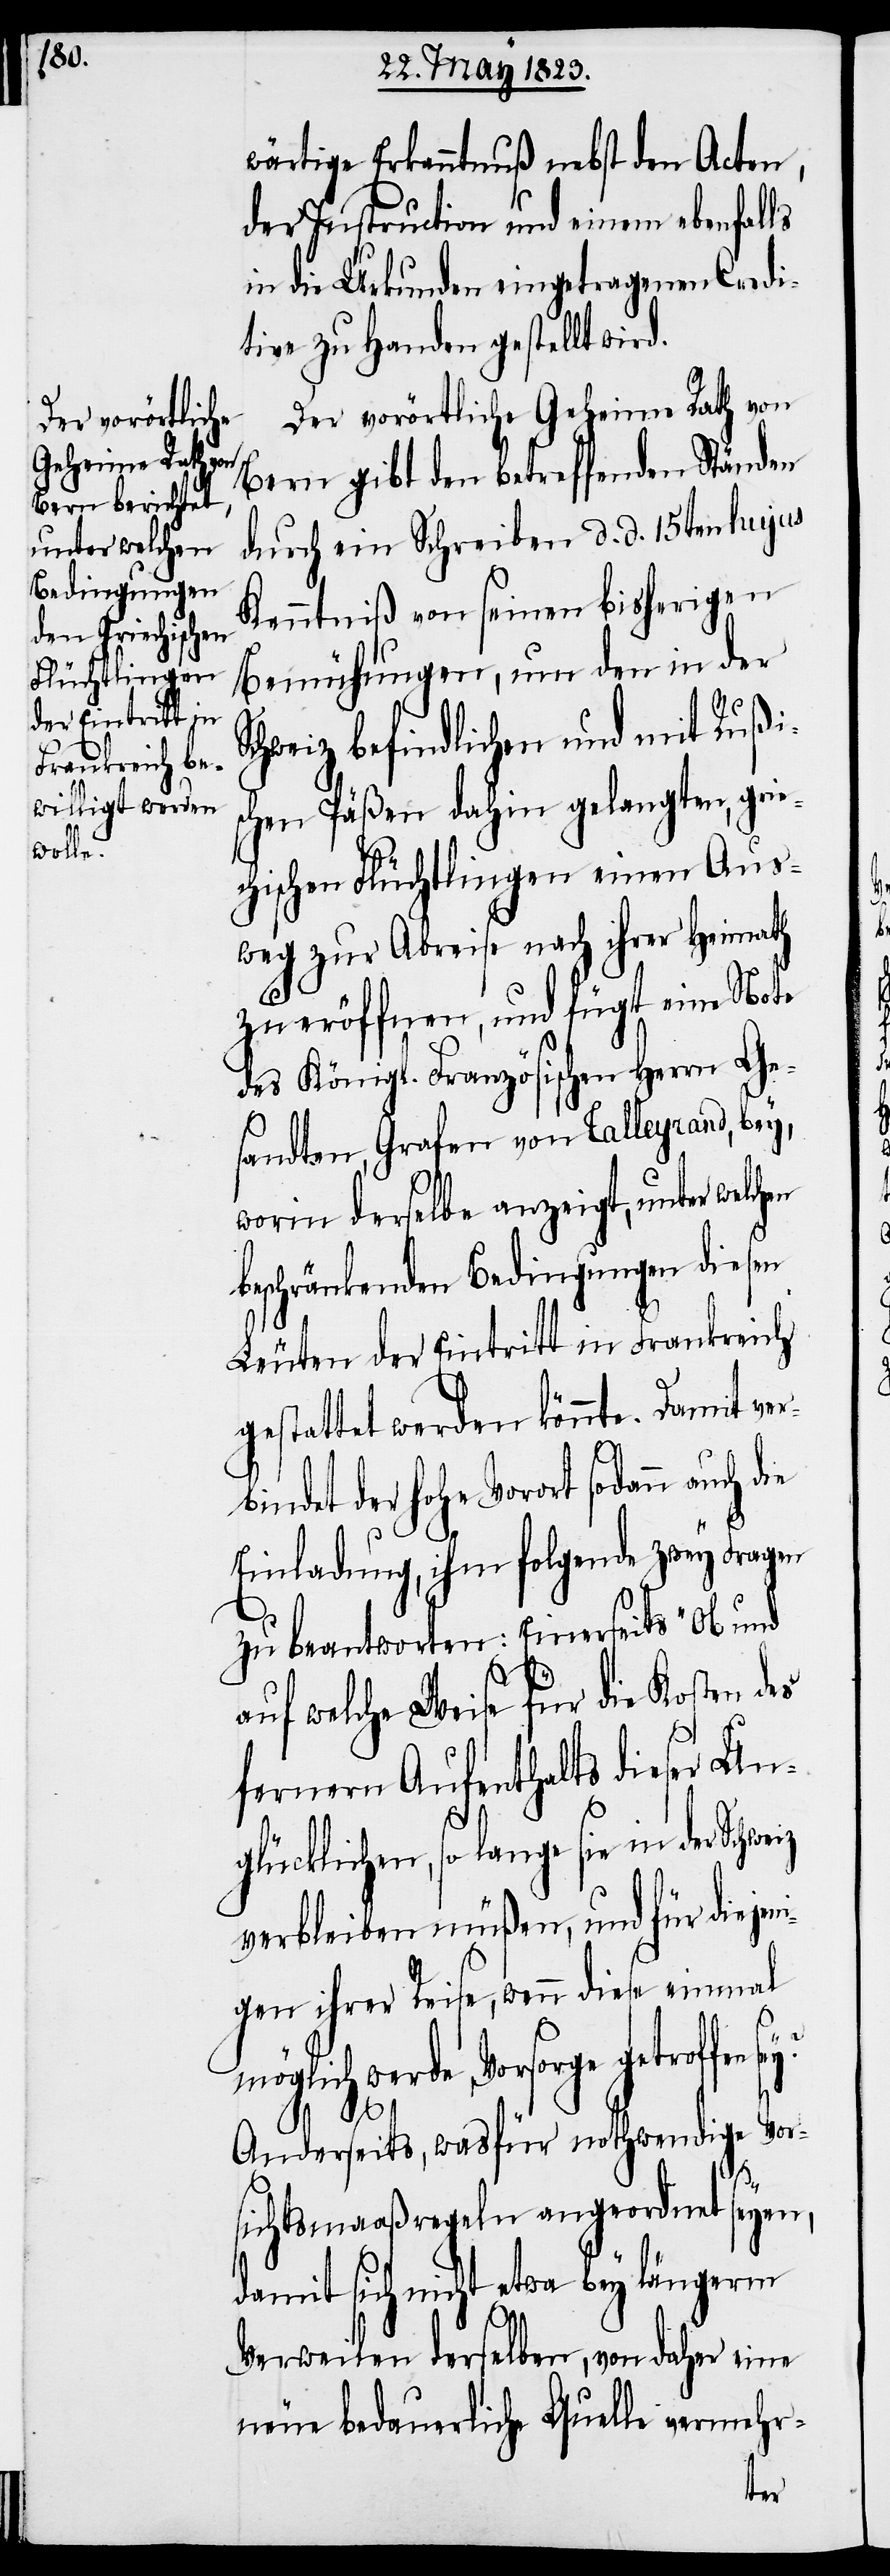
wärtige Erkanntnuß nebst den Acten,
der Instruction und einem ebenfalls
in die Urkunden eingetragenen Credi¬
tive zu Handen gestellt wird.
Der vorörtliche Geheime Rath von
Bern gibt den betreffenden Ständen
durch ein Schreiben d. d. 15ten hujus
Kenntniß von seinen bisherigen
Bemühungen, um den in der
chweiz befindlichen und mit Rußis¬
chen Päßen dahin gelangten, grie¬
chischen Flüchtlingen einen Aus¬
weg zur Abreise nach ihrer Heimath
zu eröffnen, und fügt eine Note
des Königl. Französischen Herrn Ge¬
sandten, Grafen von Talleyrand, bey,
worin derselbe anzeigt, unter welch¬
beschränkenden Bedingungen diesen
Leuten der Eintritt in Frankreich
gestattet werden könnte. Damit ver¬
bindet der hohe Vorort sodann au¬
Einladung, ihm folgende zwey Fragen
zu beantworten: Einerseits „Ob und
auf welche Weise für die Kosten des
fernern Aufenthalts dieser Un¬
glücklichen, so lange sie in der Schwe¬
verbleiben müßen, und für diejen¬
igen ihrer Reise, wenn diese einmal
möglich werde, Vorsorge getroffen
Anderseits, wasfür nothwendige Vor¬
sichtsmaaßregeln angeordnet seyen,
damit sich nicht etwa bey längerm
iz
Verweilen derselben, von daher eine
neue bedauerliche Quelle vermehr-